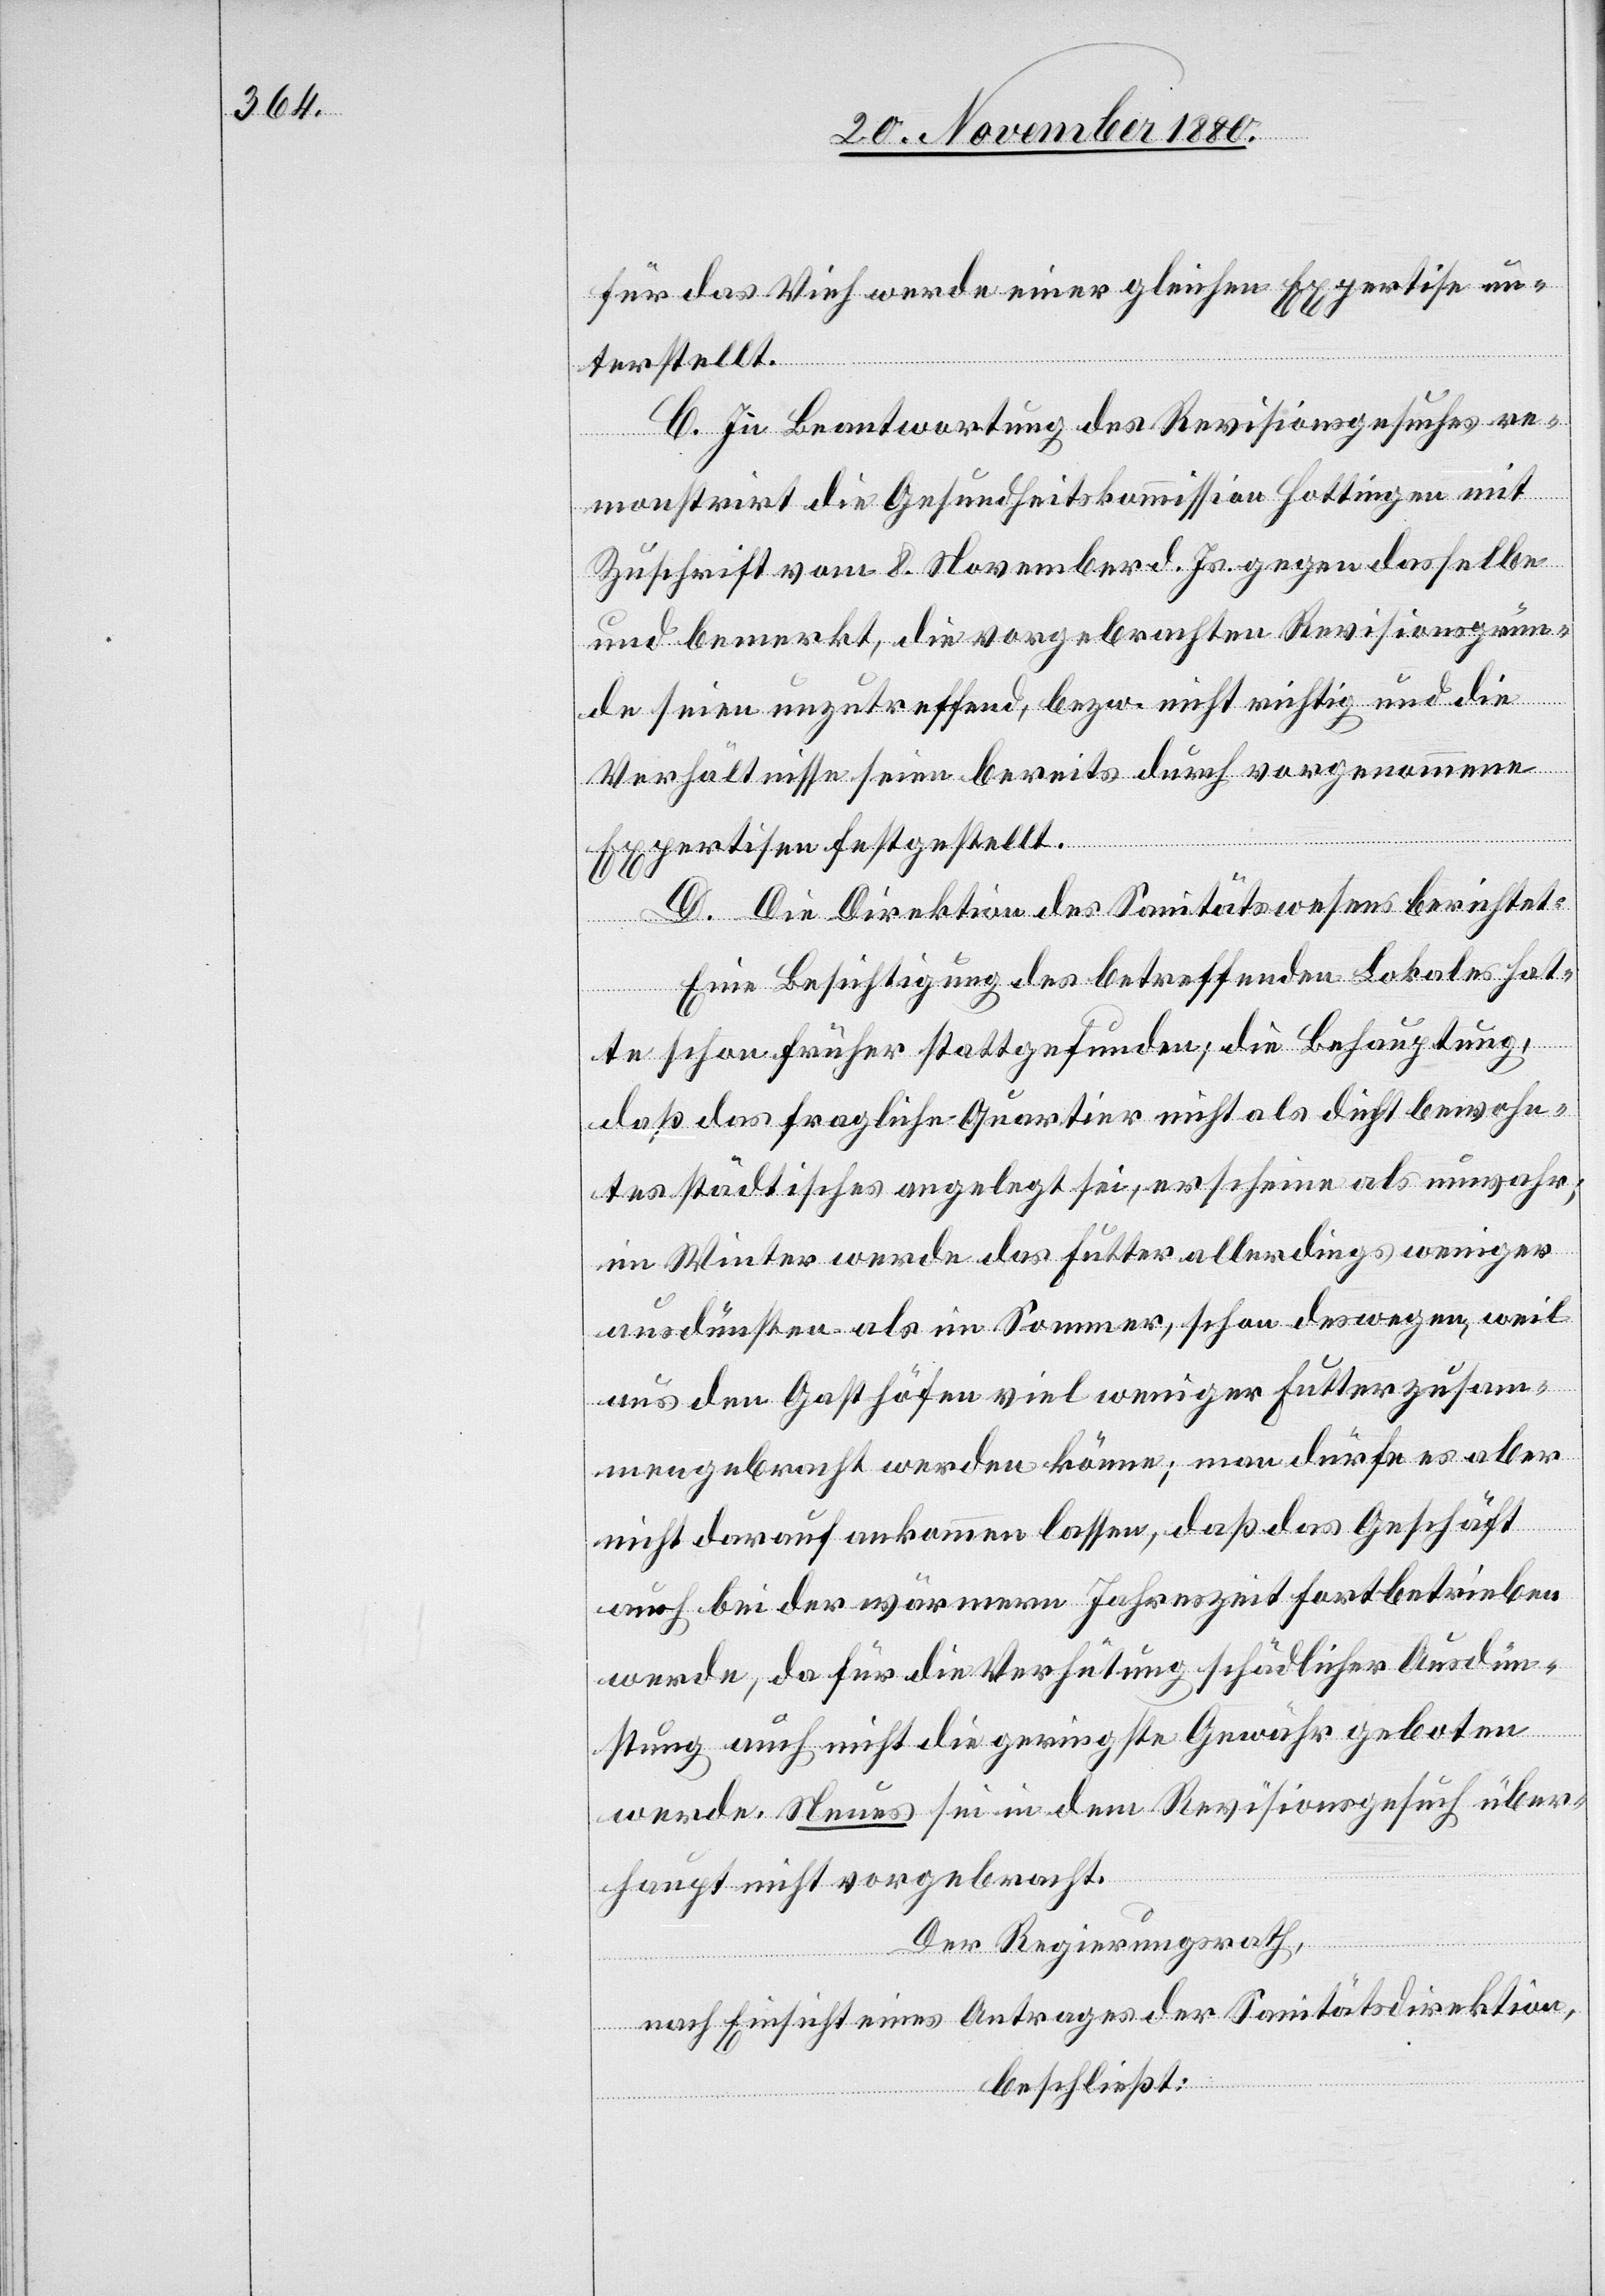
für das Vieh werde einer gleichen Expertise un¬
terstellt.
C. In Beantwortung des Revisionsgesuches re¬
monstrirt die Gesundheitskommission Hottingen mit
Zuschrift vom 8. November d. Js. gegen dasselbe
und bemerkt, die vorgebrachten Revisionsgrün¬
de seien unzutreffend, bezw. nicht richtig und die
Verhältnisse seien bereits durch vorgenommene
Expertisen festgestellt.
D. Die Direktion des Sanitätswesens berichtet:
Eine Besichtigung des betreffenden Lokales hat¬
te schon früher stattgefunden, die Behauptung,
daß das fragliche Quartier nicht als dicht bewohn¬
tes städtisches angelegt sei, erscheine als unwahr;
im Winter werde das Futter allerdings weniger
ausdünsten als im Sommer, schon deswegen, weil
aus den Gasthöfen viel weniger Futter zusam¬
mengebracht werden könne; man dürfe es aber
nicht darauf ankommen lassen, daß das Geschäft
auch bei der wärmeren Jahreszeit fortbetrieben
werde, da für die Verhütung schädlicher Ausdün¬
stung auch nicht die geringste Gewähr geboten
werde. Neues sei in dem Revisionsgesuch über¬
haupt nicht vorgebracht.
Der Regierungsrath,
nach Einsicht eines Antrages der Sanitätsdirektion,
beschließt: